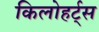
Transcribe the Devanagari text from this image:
किलोहर्ट्स